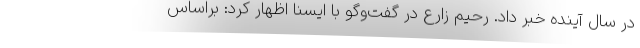
‌در سال آینده خبر داد. رحیم زارع در گفت‌وگو با ایسنا اظهار کرد: براساس